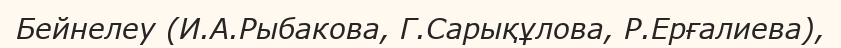
Бейнелеу (И.А.Рыбакова, Г.Сарықұлова, Р.Ерғалиева),